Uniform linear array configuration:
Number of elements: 12
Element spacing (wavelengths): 1
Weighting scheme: cosine
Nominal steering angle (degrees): -60
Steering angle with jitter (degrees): -61.855
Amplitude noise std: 0.05
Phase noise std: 0.05

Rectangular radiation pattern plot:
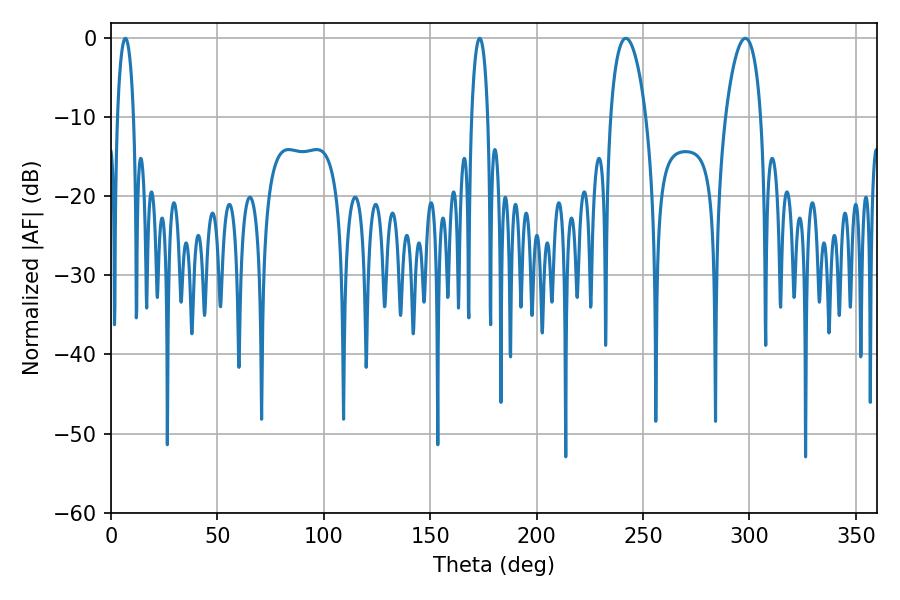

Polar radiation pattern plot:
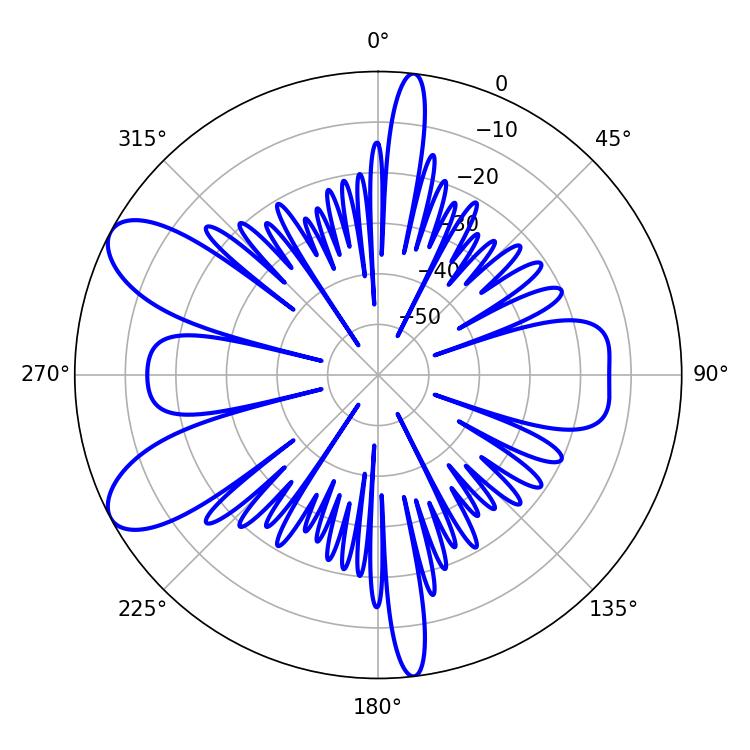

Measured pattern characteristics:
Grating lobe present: TRUE
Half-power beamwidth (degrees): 9.36
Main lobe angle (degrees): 241.92